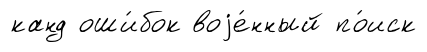
канд оши́бок воjе́нный по́иск